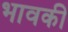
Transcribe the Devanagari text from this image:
भावकी